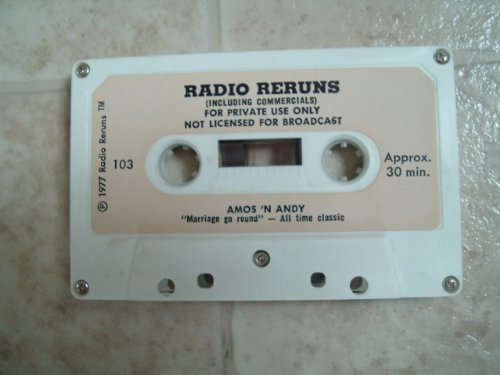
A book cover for The Best of Amos N Andy (Rare Radio Gems); VARIOUS; Humor & Entertainment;